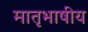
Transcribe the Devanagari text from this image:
मातृभाषीय